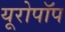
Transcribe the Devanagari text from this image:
यूरोपॉप